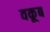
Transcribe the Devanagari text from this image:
वकूब